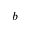
b